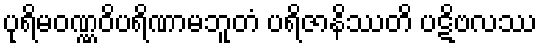
ပုရိမဝဏ္ဏဝိပရိဏာမဘူတံ ပရိဇာနိဿတိ ပဋိဗလဿ